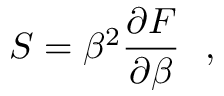
S = \beta ^ { 2 } { \frac { \partial F } { \partial \beta } } ~ ~ , ~ ~